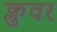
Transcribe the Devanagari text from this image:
क्लुवर